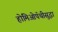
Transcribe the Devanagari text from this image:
होमिओपॅथीसुद्धा